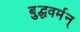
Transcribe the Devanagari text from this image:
बुद्धवर्मन्